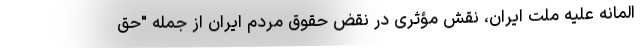
المانه علیه ملت ایران، نقش مؤثری در نقض حقوق مردم ایران از جمله "حق